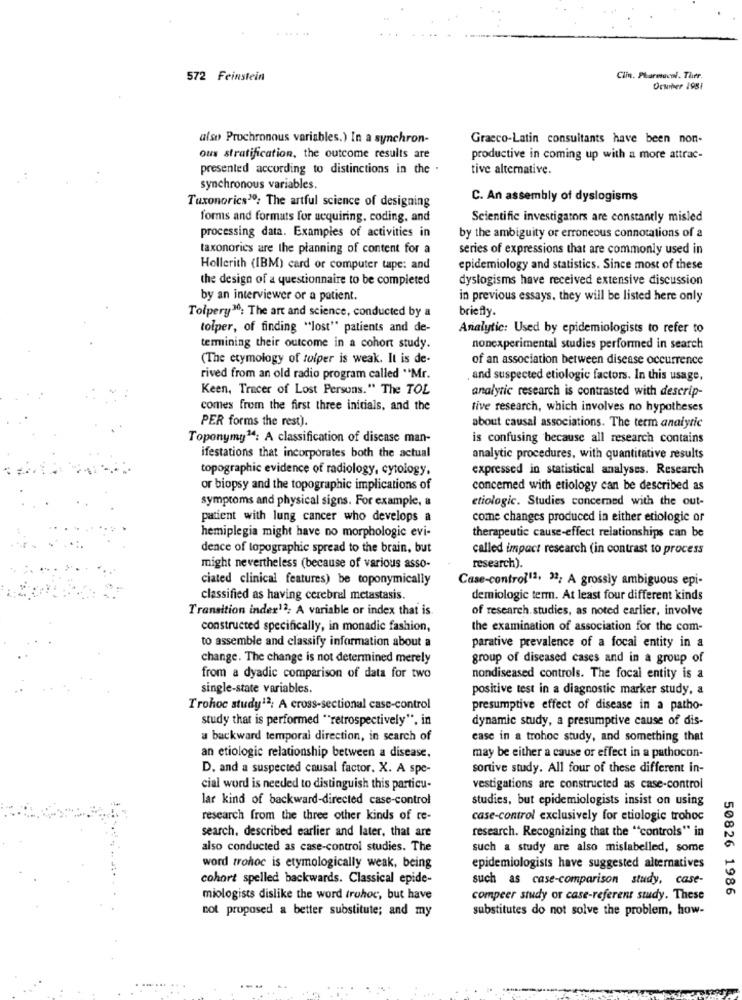
572 Feinstein
Clin. Pharmacol. Ther.
October 1981
also Prochronous variables.) In a synchron-
Graeco-Latin consultants have been non-
ous stratification, the outcome results are
productive in coming up with a more attrac-
presented according to distinctions in the .
tive alternative.
synchronous variables.
Taxonorics30; The artful science of designing
C. An assembly of dyslogisms
forms and formats for acquiring, coding, and
Scientific investigators are constantly misled
processing data. Examples of activities in
by the ambiguity or erroneous connotations of a
taxonorics are the planning of content for a
series of expressions that are commonly used in
Hollerith (IBM) card or computer tape: and
epidemiology and statistics. Since most of these
the design of a questionnaire to be completed
dyslogisms have received extensive discussion
by an interviewer or a patient.
in previous essays, they will be listed here only
Tolpery30; The art and science, conducted by a
briefly.
tolper, of finding "lost" patients and de-
Analytic: Used by epidemiologists to refer to
termining their outcome in a cohort study.
nonexperimental studies performed in search
(The etymology of tulper is weak. It is de-
of an association between disease occurrence
rived from an old radio program called "Mr.
and suspected etiologic factors. In this usage,
Keen, Tracer of Lost Persons." The TOL
analytic research is contrasted with descrip-
comes from the first three initials, and the
tive research, which involves no hypotheses
PER forms the rest).
about causal associations. The term analytic
Toponymy14: A classification of disease man-
is confusing because all research contains
ifestations that incorporates both the actual
analytic procedures, with quantitative results
topographic evidence of radiology, cytology.
expressed in statistical analyses. Research
or biopsy and the topographic implications of
concerned with etiology can be described as
symptoms and physical signs. For example, a
etiologic. Studies concerned with the out-
patient with lung cancer who develops a
come changes produced in either etiologic or
hemiplegia might have no morphologie evi-
therapeutic cause-effect relationships can be
dence of topographic spread to the brain, but
called impact research (in contrast to process
might nevertheless (because of various asso-
research).
ciated clinical features) be toponymically
Case-control13, 32; A grossly ambiguous epi-
classified as having cerebral metastasis.
demiologie term. At least four different kinds
Transition inder12; A variable or index that is
of research.studies, as noted earlier, involve
constructed specifically, in monadic fashion,
the examination of association for the com-
to assemble and classify information about a
parative prevalence of a focal entity in a
change. The change is not determined merely
group of diseased cases and in a group of
from a dyadic comparison of data for two
nondiseased controls. The focal entity is a
single-state variables.
positive test in a diagnostic marker study, a
Trohoc study12; A cross-sectional case-control
presumptive effect of disease in a patho-
study that is performed "retrospectively", in
dynamic study, a presumptive cause of dis-
a backward temporal direction, in search of
case in a trohoc study, and something that
an etiologie relationship between a disease.
may be either a cause or effect in a pathocon-
D. and a suspected causal factor. X. A spe-
sortive study. All four of these different in-
cial word is needed to distinguish this particu-
vestigations are constructed as case-control
lar kind of backward-directed case-control
studies, but epidemiologists insist on using
research from the three other kinds of re-
case-control exclusively for etiologic trohoc
search, described earlier and later, that are
research. Recognizing that the "controls" in
also conducted as case-control studies. The
such a study are also mislabelled, some
word trohoc is etymologically weak, being
epidemiologists have suggested alternatives
cohort spelled backwards. Classical epide-
such as case-comparison study, case-
50826 1986
miologists dislike the word truhoc, but have
compeer study or case-referent study. These
not proposed a better substitute; and my
substitutes do not solve the problem, how-